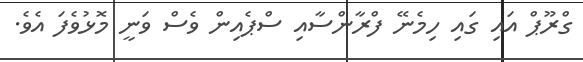
ގްރޫޕް އައި ގައި ހިމެނޭ ފްރާންސާއި ސްޕެއިން ވެސް ވަނީ މޮޅުވެފަ އެވެ.